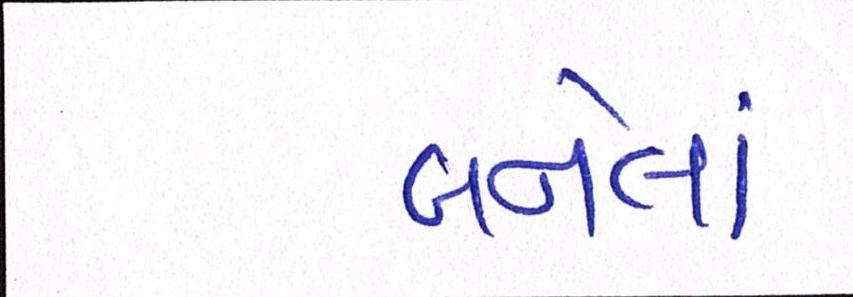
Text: બનેલાં